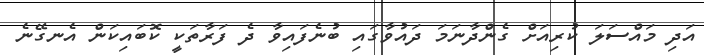
އަދި މައްސަލަ ކުރިއަށް ގެންދާނަމަ ދައުވާގައި ބުނެފައިވާ ދެ ފަރާތަކީ ކޮބައިކަން އެނގޭނެ